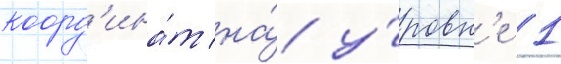
коорд'ина́т на́ у́ровн'е 1